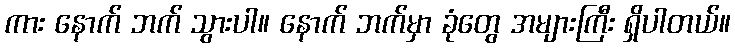
ကား နောက် ဘက် သွားပါ။ နောက် ဘက်မှာ ခုံတွေ အများကြီး ရှိပါတယ်။